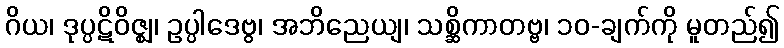
ဂိယ၊ ဒုပ္ပဋိဝိဇ္ဈ၊ ဥပ္ပါဒေဗွ၊ အဘိညေယျ၊ သစ္ဆိကာတဗ္ဗ၊ ၁၀-ချက်ကို မူတည်၍